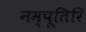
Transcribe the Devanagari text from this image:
नम्पूतिरि